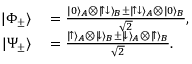
\begin{array} { r l } { | \Phi _ { \pm } \rangle } & { { } = \frac { | 0 \rangle _ { A } \otimes | \! \uparrow \downarrow \rangle _ { B } \pm | \! \uparrow \downarrow \rangle _ { A } \otimes | 0 \rangle _ { B } } { \sqrt { 2 } } , } \\ { | \Psi _ { \pm } \rangle } & { { } = \frac { | \! \uparrow \rangle _ { A } \otimes | \! \downarrow \rangle _ { B } \pm | \! \downarrow \rangle _ { A } \otimes | \! \uparrow \rangle _ { B } } { \sqrt { 2 } } . } \end{array}